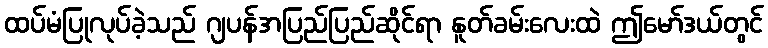
ထပ်မံပြုလုပ်ခဲ့သည် ဂျပန်အပြည်ပြည်ဆိုင်ရာ နူတ်ခမ်းလေးထဲ ဤမော်ဒယ်တွင်